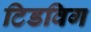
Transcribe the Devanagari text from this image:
टिडविग